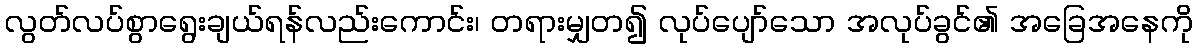
လွတ်လပ်စွာရွေးချယ်ရန်လည်းကောင်း၊ တရားမျှတ၍ လုပ်ပျော်သော အလုပ်ခွင်၏ အခြေအနေကို